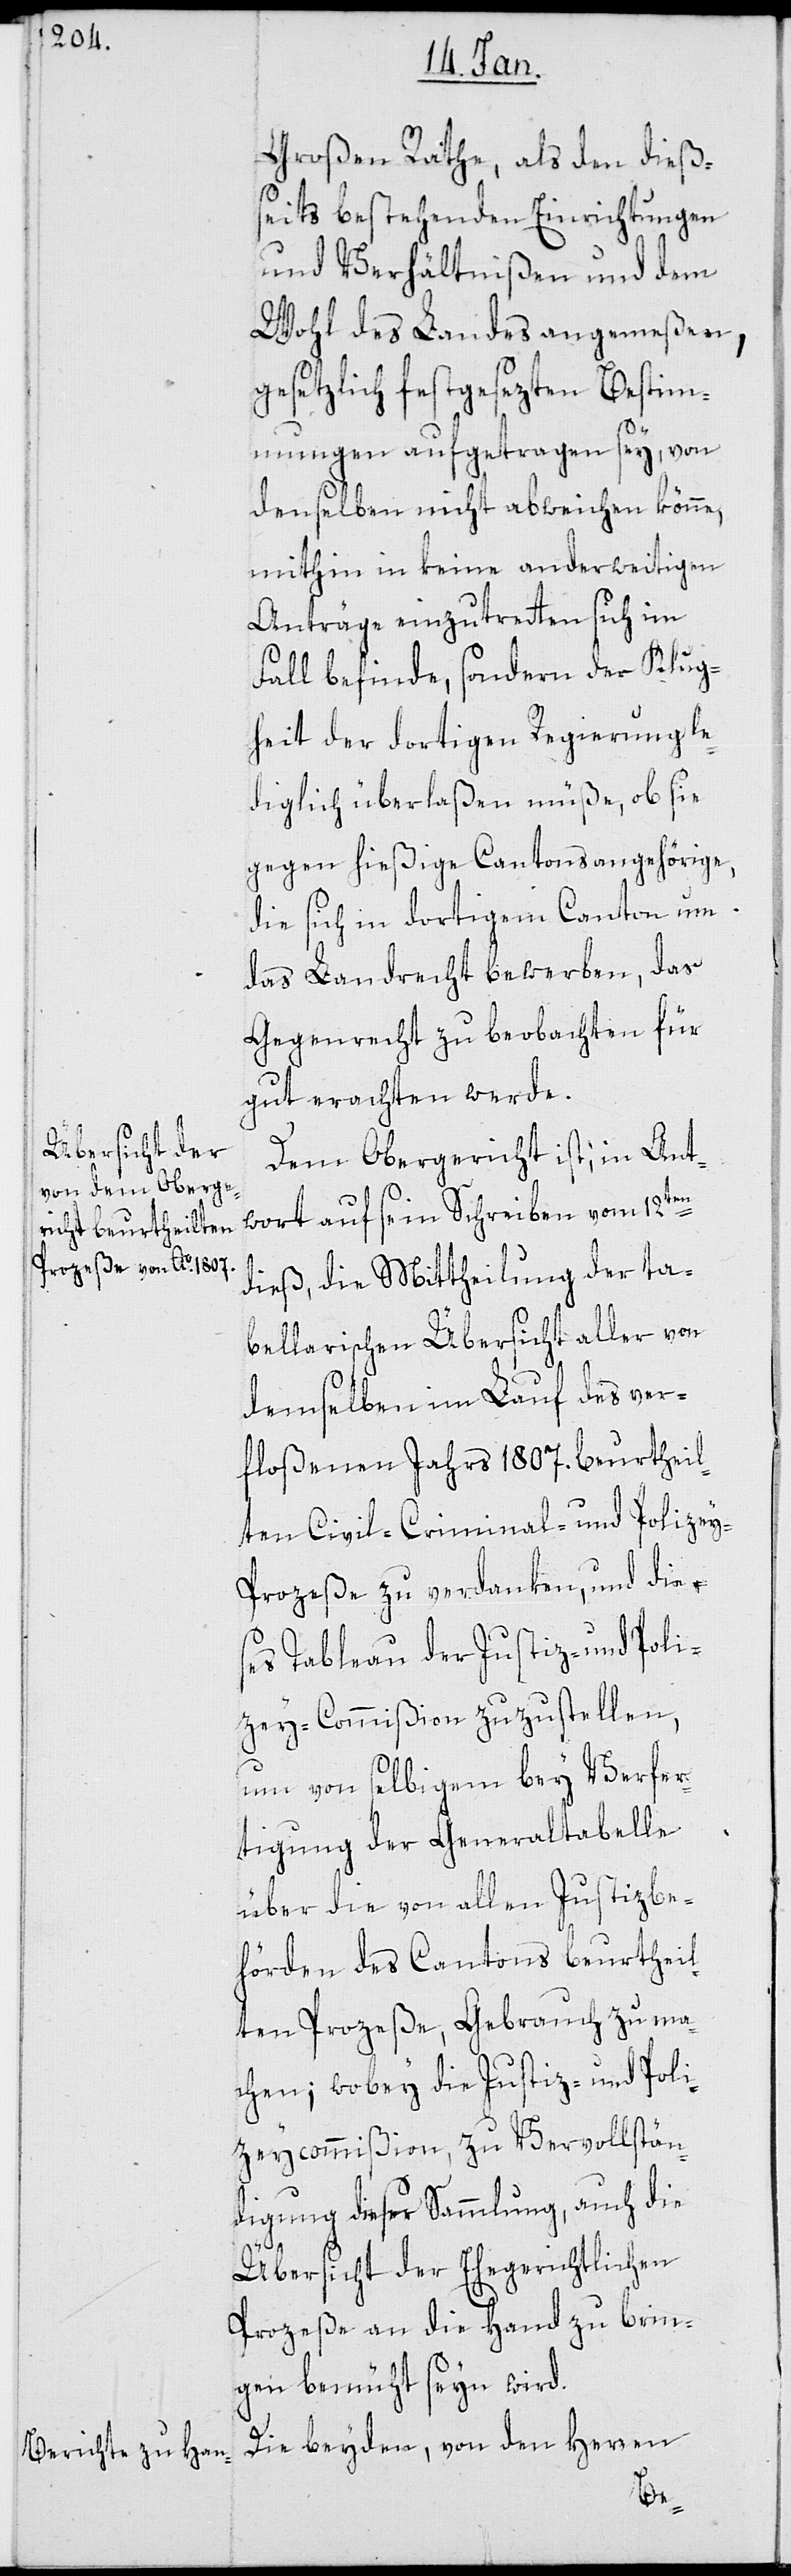
Großen Rathe, als den dieß¬
seits bestehenden Einrichtungen
und Verhältnißen und dem
Wohl des Landes angemeßen,
gesetzlich festgesezten Bestim¬
mungen aufgetragen sey, von
denselben nicht abweichen könne,
mithin in keine anderweitigen
Anträge einzutretten sich im
Fall befinde, sondern der Klug¬
heit der dortigen Regierung le¬
diglich überlaßen müße, ob sie
gegen hießige Cantonsangehörige,
die sich in dortigem Canton um
das Landrecht bewerben, das
Gegenrecht zu beobachten für
gut erachten werde.
Dem Obergericht ist, in Ant¬
wort auf sein Schreiben vom 12ten
dieß, die Mittheilung der ta¬
bellarischen Übersicht aller von
demselben im Lauf des ver¬
floßenen Jahrs 1807. beurtheil¬
ten Civil-[,] Criminal- und Polizey-P¬
rozeße zu verdanken, und dies¬
es Tableau der Justiz- und Poli¬
zey-Commißion zuzustellen,
um von selbigem bey Verfer¬
tigung der Generaltabelle
über die von allen Justizbe¬
hörden des Cantons beurtheil¬
ten Prozeße, Gebrauch zu ma¬
chen; wobey die Justiz- und Poli¬
zeycommißion zu Vervollstän¬
digung dieser Sammlung, auch die
Übersicht der Ehegerichtlichen
Prozeße an die Hand zu brin¬
gen bemüht seyn wird.
Die beyden, von den Herren